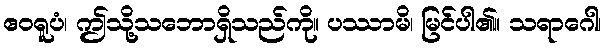
ဧဝရူပံ၊ ဤသို့သဘောရှိသည်ကို။ ပဿာမိ၊ မြင်ပါ၏။ သရာဂေါ၊